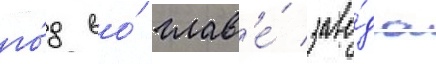
го́д во́ глав'е́ заво́да